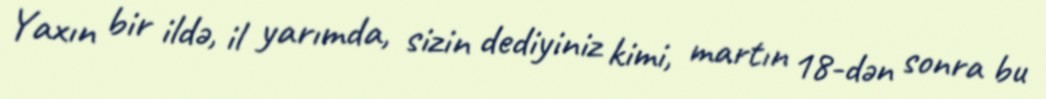
Yaxın bir ildə, il yarımda, sizin dediyiniz kimi, martın 18-dən sonra bu